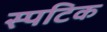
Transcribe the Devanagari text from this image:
स्पटिक